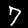
Digit: 7